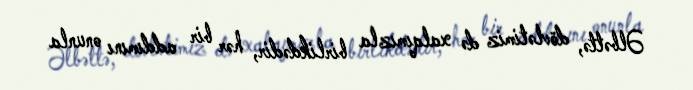
Əlbəttə, dövlətimiz də xalqımızla birlikdədir, hər bir addımını onunla